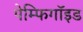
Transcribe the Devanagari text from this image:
पेम्फिगॉइड